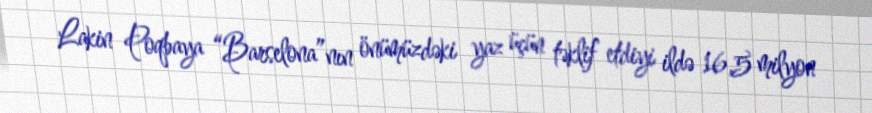
Lakin Poqbaya “Barselona”nın önümüzdəki yaz üçün təklif etdiyi ildə 16,5 milyon